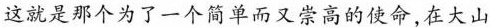
这就是那个为了一个简单而又崇高的使命，在大山